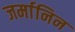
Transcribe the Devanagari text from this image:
जर्मानिन